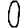
Digit: 0